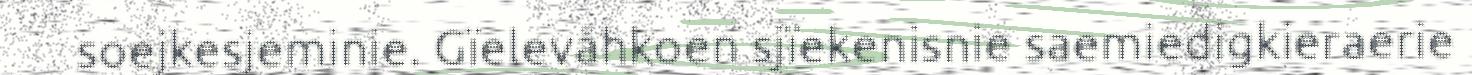
soejkesjeminie. Gïelevåhkoen sjïekenisnie saemiedigkieraerie